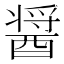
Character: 醤